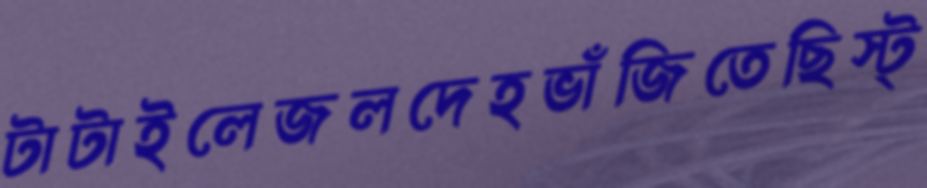
টাটাইলেজলদেহভাঁজিতেছিস্ট্